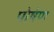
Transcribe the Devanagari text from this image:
पोषंण